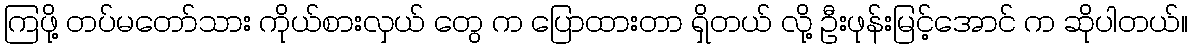
ကြဖို့ တပ်မတော်သား ကိုယ်စားလှယ် တွေ က ပြောထားတာ ရှိတယ် လို့ ဦးဖုန်းမြင့်အောင် က ဆိုပါတယ်။